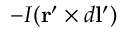
- I ( \mathbf { r } ^ { \prime } \times d \mathbf { l } ^ { \prime } )